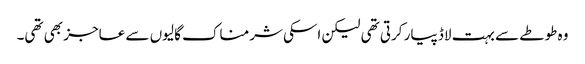
وہ طوطے سے بہت لاڈ پیار کرتی تھی لیکن اسکی شرمناک گالیوں سے عاجز بھی تھی۔